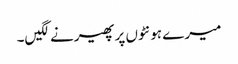
میرے ہونٹوں پر پھیرنے لگیں۔